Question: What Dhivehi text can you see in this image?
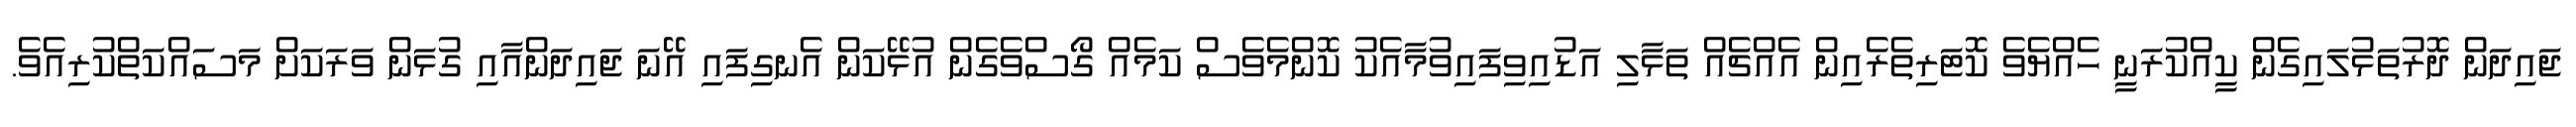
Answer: ޖައިދަން ދޮރުތަޅުލައިގެން ކީއްކުރަނީ ހެއްޔެވެ ކޮޓަރިތެރެއިން އެއްޗެއް ތަޅާލި އަޑުއިވިފައިވުމާއެކު ކޮންމެވެސް ކަމެއް ގޯސްވެގެން އުޅޭކަން އެނގިފައި އޭނަ ޖައިދަންއާއި ގުޅަން ވަރަކަށް މަސައްކަތްކުރިއެވެ.